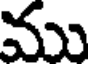
ము